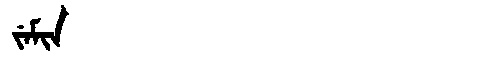
Manchu: ᠵᡝᠮᡳᠨ
Romanization: JEMIN